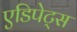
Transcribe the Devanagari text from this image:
एडिपेट्स